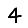
Digit: 4